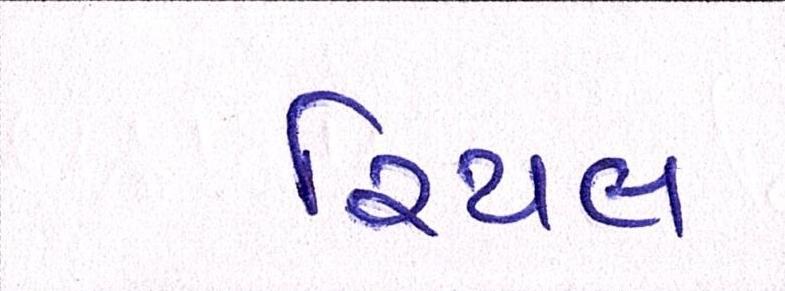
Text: રિયલ